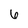
Character: 6